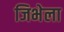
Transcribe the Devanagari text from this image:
जिभेला